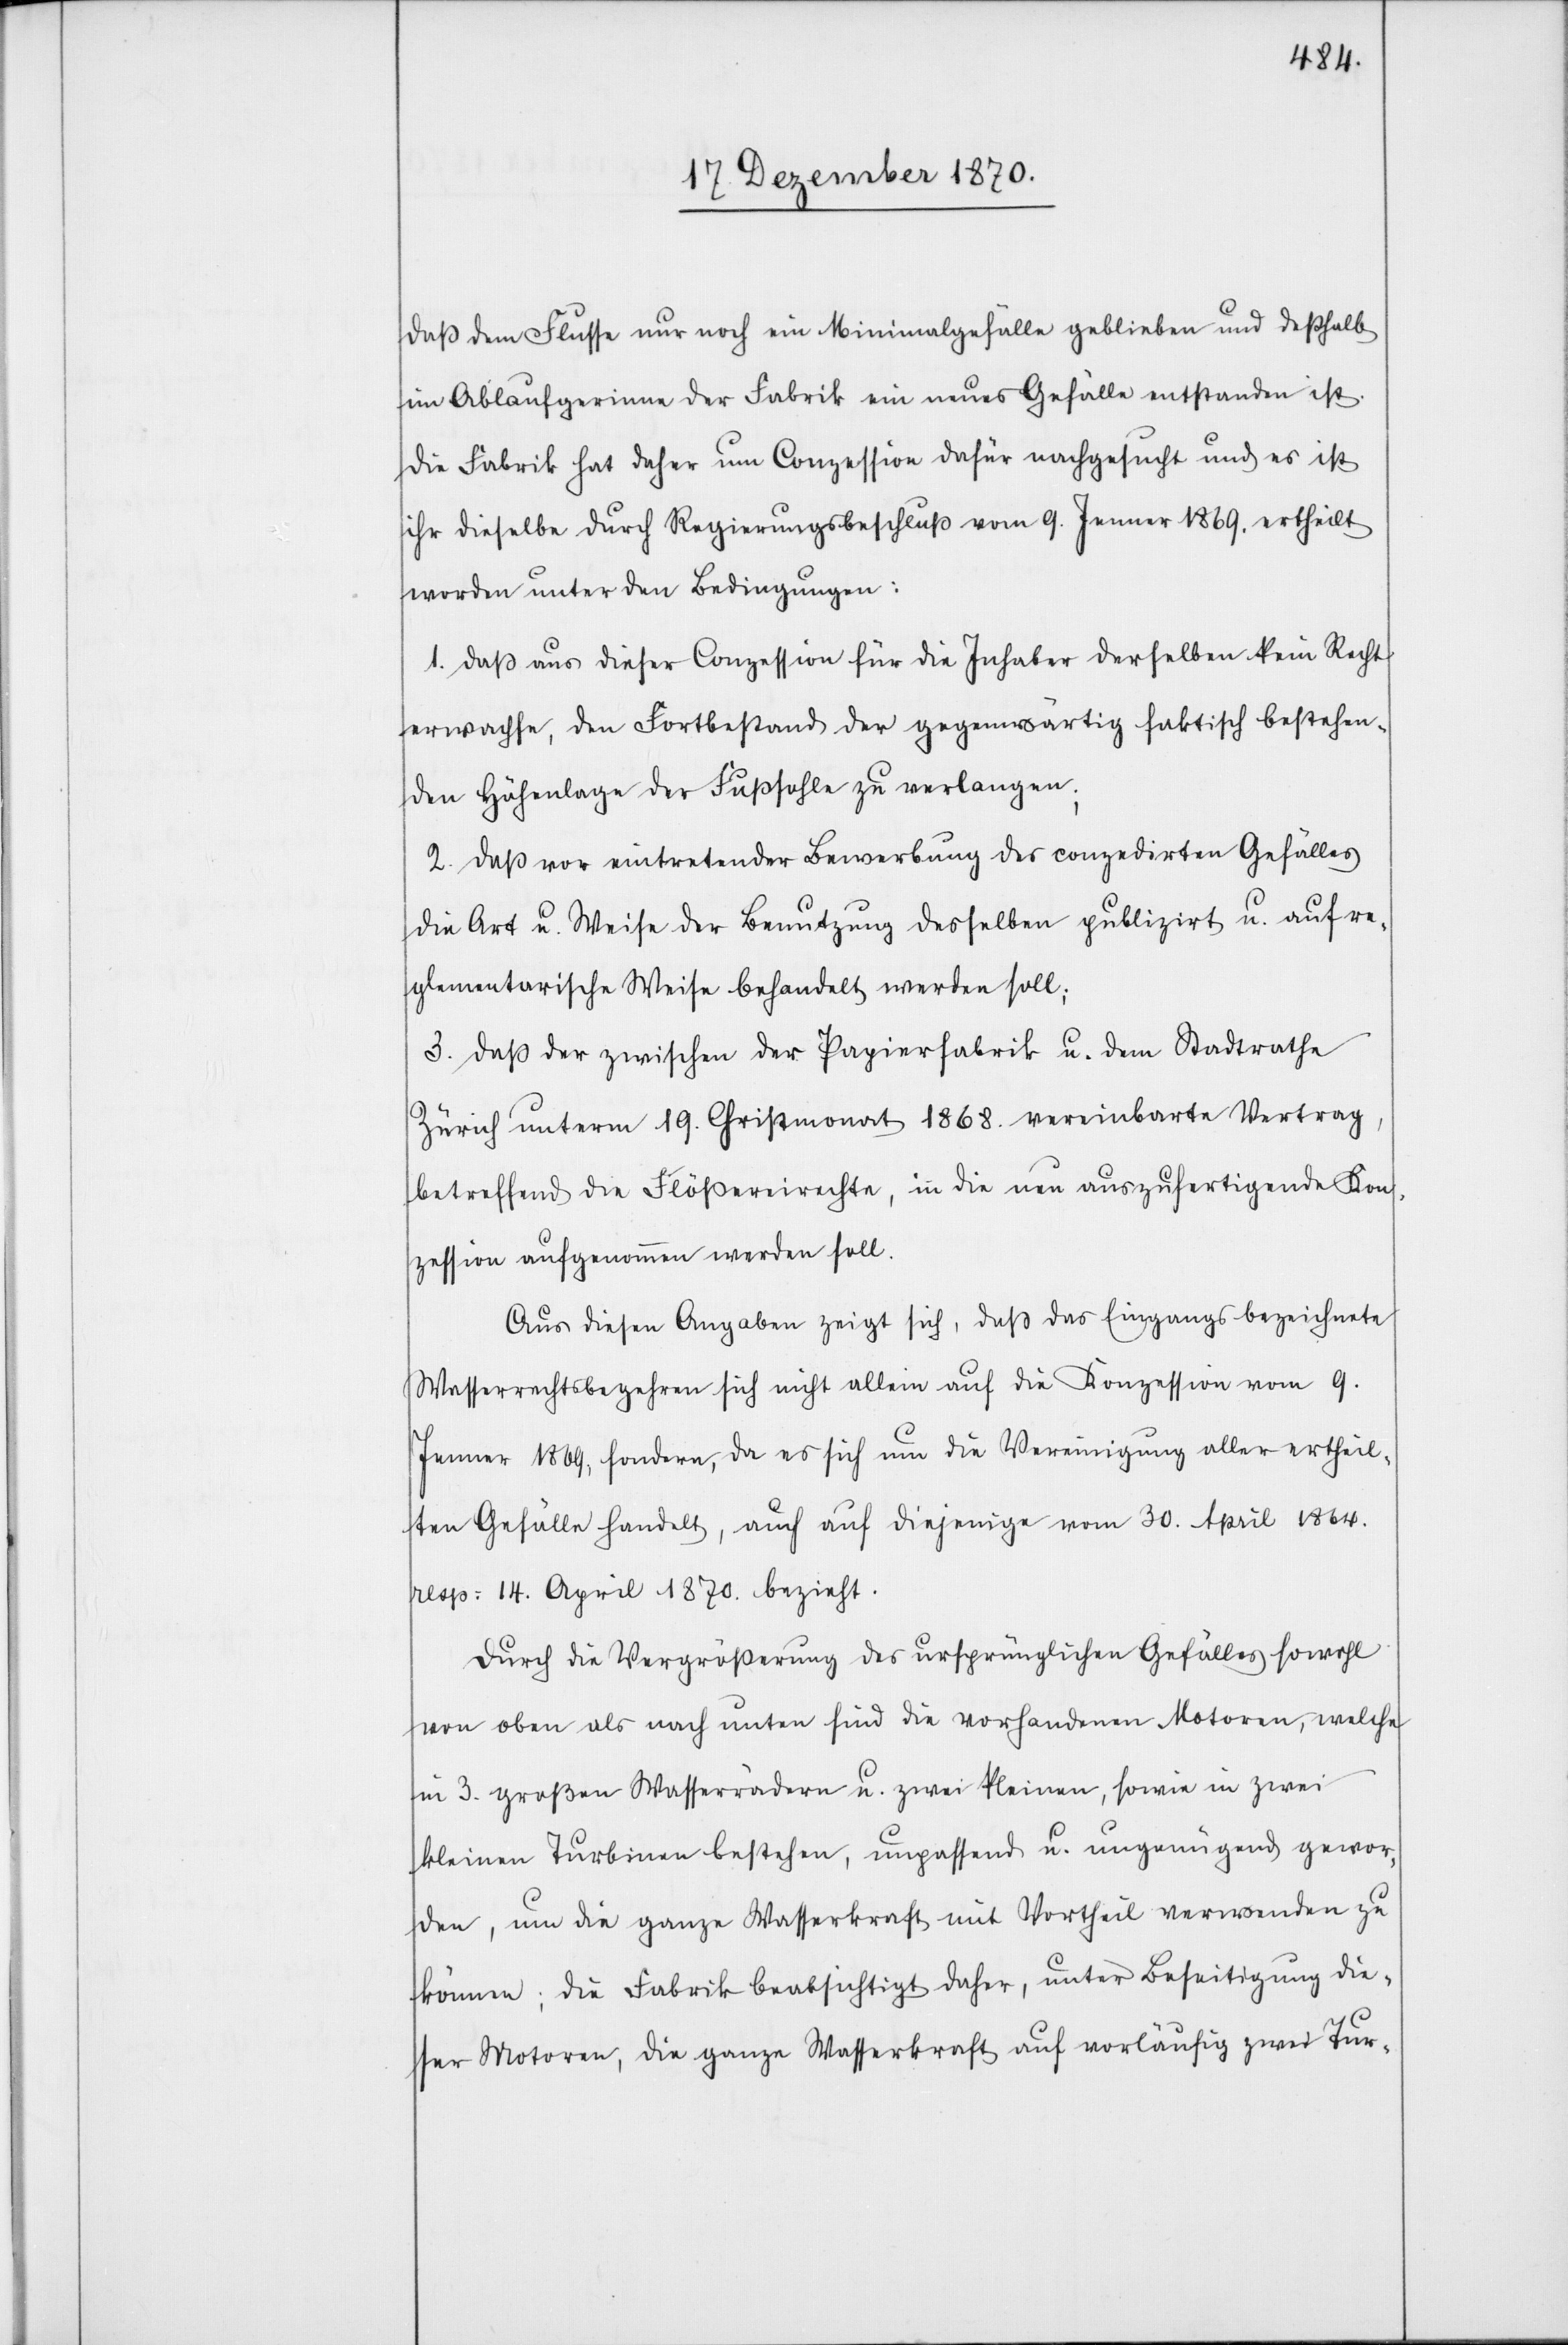
daß dem Flusse nur noch ein Minimalgefälle geblieben und deßhalb
im Ablaufgerinne der Fabrik ein neues Gefälle entstanden ist.
Die Fabrik hat daher um Conzession dafür nachgesucht und es ist
ihr dieselbe durch Regierungsbeschluß vom 9. Jenner 1869. ertheilt
worden unter den Bedingungen:
1. Daß aus dieser Conzession für die Inhaber derselben kein Recht
erwachse, den Fortbestand der gegenwärtig faktisch bestehen¬
den Höhenlage der Fußsohle zu verlangen;
2. Daß vor eintretender Bewerbung des conzedirten Gefälles
die Art u. Weise der Benutzung desselben publizirt u. auf re¬
glementarische Weise behandelt werden soll;
3. Daß der zwischen der Papierfabrik u. dem Stadtrathe
Zürich unterm 19. Christmonat 1868. vereinbarte Vertrag,
betreffend die Flößereirechte, in die neu auszufertigende Kon¬
zession aufgenommen werden soll.
Aus diesen Angaben zeigt sich, daß das Eingangs bezeichnete
Wasserrechtsbegehren sich nicht allein auf die Konzession vom 9.
Jenner 1869, sondern, da es sich um die Vereinigung aller ertheil¬
ten Gefälle handelt, auch auf diejenige vom 30. April 1864.
resp: 14. April 1870. bezieht.
Durch die Vergrößerung des ursprünglichen Gefälles sowohl
von oben als nach unten sind die vorhandenen Motoren, welche
in 3. großen Wasserrädern u. zwei kleinen, sowie in zwei
kleinen Turbinen bestehen, unpassend u. ungenügend gewor¬
den, um die ganze Wasserkraft mit Vortheil verwenden zu
können; die Fabrik beabsichtigt daher, unter Beseitigung die¬
ser Motoren, die ganze Wasserkraft auf vorläufig zwei Tur-